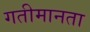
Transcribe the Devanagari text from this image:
गतीमानता